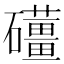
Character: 𥗪